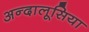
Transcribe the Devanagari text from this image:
अन्दालूसिया